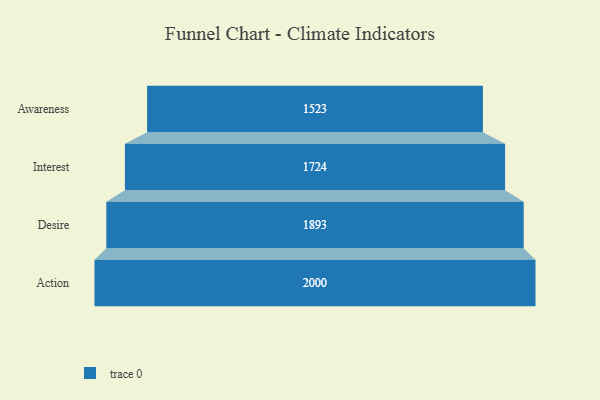
{"axis": {"x": "Stage", "y": "Value"}, "legend": [""], "data": [{"x": "Awareness", "y": 1523.0, "type": ""}, {"x": "Interest", "y": 1724.0, "type": ""}, {"x": "Desire", "y": 1893.0, "type": ""}, {"x": "Action", "y": 2000, "type": ""}]}